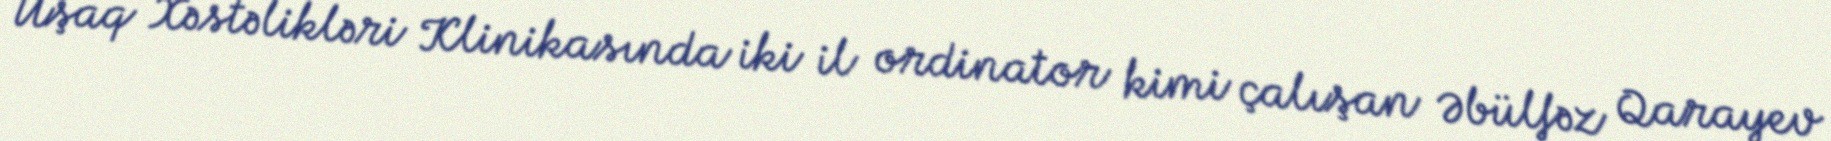
Uşaq Xəstəlikləri Klinikasında iki il ordinator kimi çalışan Əbülfəz Qarayev